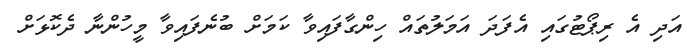
އަދި އެ ރިޕޯޓުގައި އެފަދަ އަމަލުތައް ހިންގާފައިވާ ކަމަށް ބުނެފައިވާ މީހުންނާ ދެކޮޅަށް